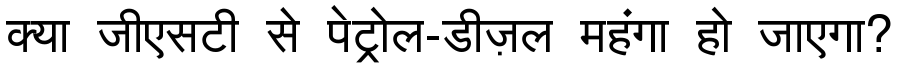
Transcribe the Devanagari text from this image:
क्या जीएसटी से पेट्रोल-डीज़ल महंगा हो जाएगा?